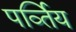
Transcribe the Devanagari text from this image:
पर्व्तिय